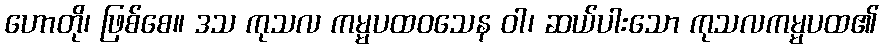
ဟောတို၊ ဖြစ်စေ။ ဒသ ကုသလ ကမ္မပထဝသေန ဝါ၊ ဆယ်ပါးသော ကုသလကမ္မပထ၏